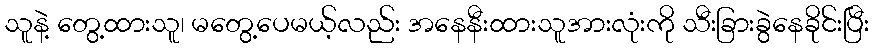
သူနဲ့ တွေ့ထားသူ၊ မတွေ့ပေမယ့်လည်း အနေနီးထားသူအားလုံးကို သီးခြားခွဲနေခိုင်းပြီး